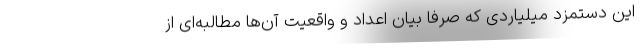
این دستمزد میلیاردی که صرفاً بیان اعداد و واقعیت آن‌ها مطالبه‌ای از